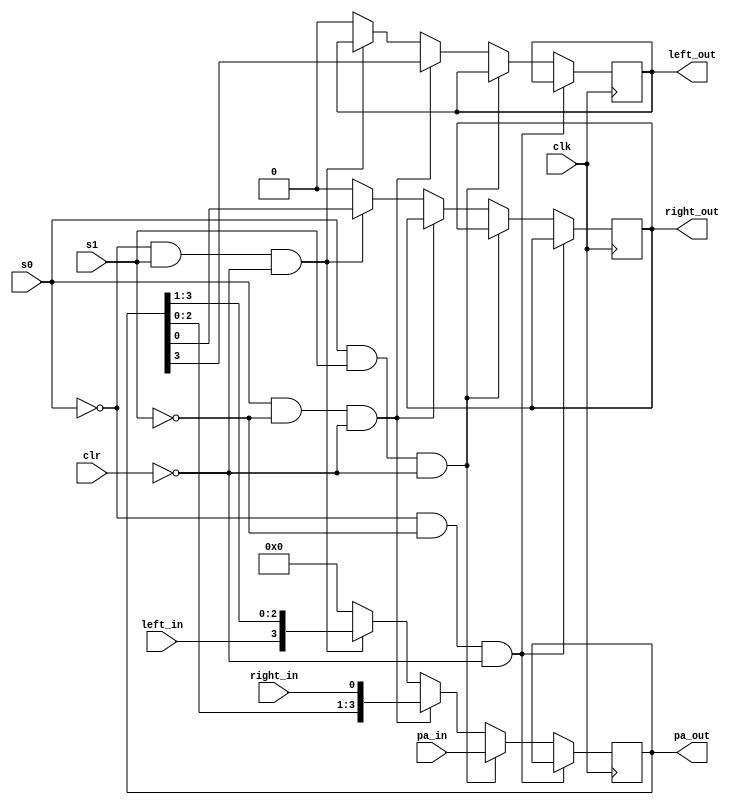
`timescale 1ns / 1ps
//////////////////////////////////////////////////////////////////////////////////
// Company: 
// Engineer: 
// 
// Design Name: 
// Module Name:    universalShiftRegister 
// Project Name: 
// Target Devices: 
// Tool versions: 
// Description: 
//
// Dependencies: 
//
// Revision: 
// Revision 0.01 - File Created
// Additional Comments: 
//
//////////////////////////////////////////////////////////////////////////////////
module universalShiftRegister(
    input clk,
    input clr,
    input s0,
    input s1,
    input left_in,
    input right_in,
    input [3:0] pa_in,
    output reg [3:0] pa_out,
    output reg left_out,
    output reg right_out
    );
	 
	 reg [3:0] sreg;
	 
	 initial begin
		pa_out = 4'b0000;
		left_out = 0;
		right_out = 0;
	 end
	 
	 always @ (posedge clk) begin
	 // hold
		if (s0 == 1'b0 && s1 == 1'b0 && clr == 1'b0) begin
			pa_out <= pa_out;
		end
	 // load new input
		else if (s0 == 1'b1 && s1 == 1'b1 && clr == 1'b0) begin
			pa_out <= pa_in;
		end
	 // shift left
		else if (s0 == 1'b1 && s1 == 1'b0 && clr == 1'b0) begin
			left_out <= pa_out[3];
			pa_out <= {pa_out[2:0], right_in};
		end
	 // shift right
		else if (s0 == 1'b0 && s1 == 1'b1 && clr == 1'b0) begin
			right_out <= pa_out[0];
			pa_out <= {left_in, pa_out[3:1]};
		end
    // clear
		else begin
			left_out <= 1'b0;
			right_out <= 1'b0;
			pa_out <= 4'b0000;
		end
		
//		pa_out <= sreg;

	 end



endmodule